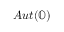
A u t ( \mathbb { O } )